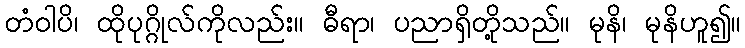
တံဝါပိ၊ ထိုပုဂ္ဂိုလ်ကိုလည်း။ ဓီရာ၊ ပညာရှိတို့သည်။ မုနိ၊ မုနိဟူ၍။